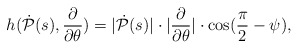
\begin{align*}h(\dot{\mathcal P}(s),\frac{\partial}{\partial \theta})=|\dot{\mathcal P}(s)|\cdot |\frac{\partial}{\partial \theta}|\cdot \cos(\frac{\pi}{2}-\psi),\end{align*}